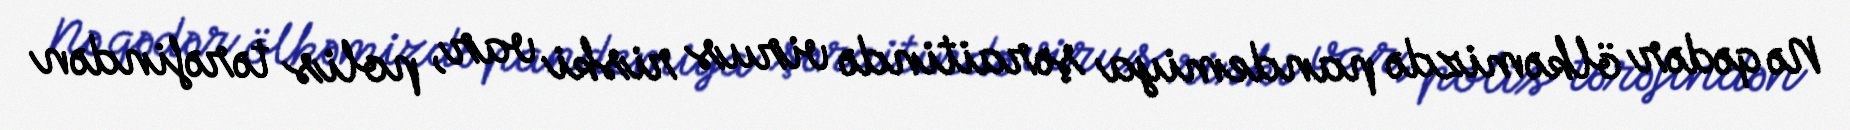
Nə qədər ölkəmizdə pandemiya şəraitində virus riski var, polis tərəfindən